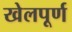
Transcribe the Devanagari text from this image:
खेलपूर्ण